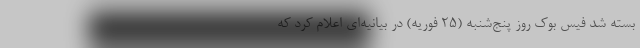
بسته شد فیس بوک روز پنج‌شنبه (۲۵ فوریه) در بیانیه‌ای اعلام کرد که